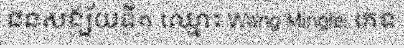
ជនសង្ស័យទី១ ឈ្មោះ Wang Minglei ភេទ